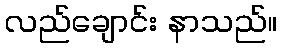
လည်ချောင်း နာသည်။